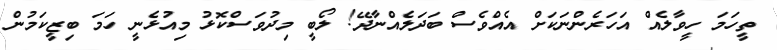
ތީހަމަ ހީވާލެއް އަހަރެންނަކަށް އެއްވެސް ބަދަލެއްނާދޭ! ލޯބީ މިދުވަސްކޮޅު މިއުޅެނީ ހަމަ ބިޒީކަމުން